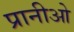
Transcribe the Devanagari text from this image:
प्रानीओ